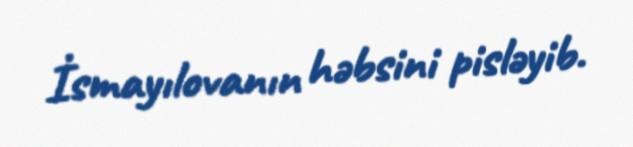
İsmayılovanın həbsini pisləyib.